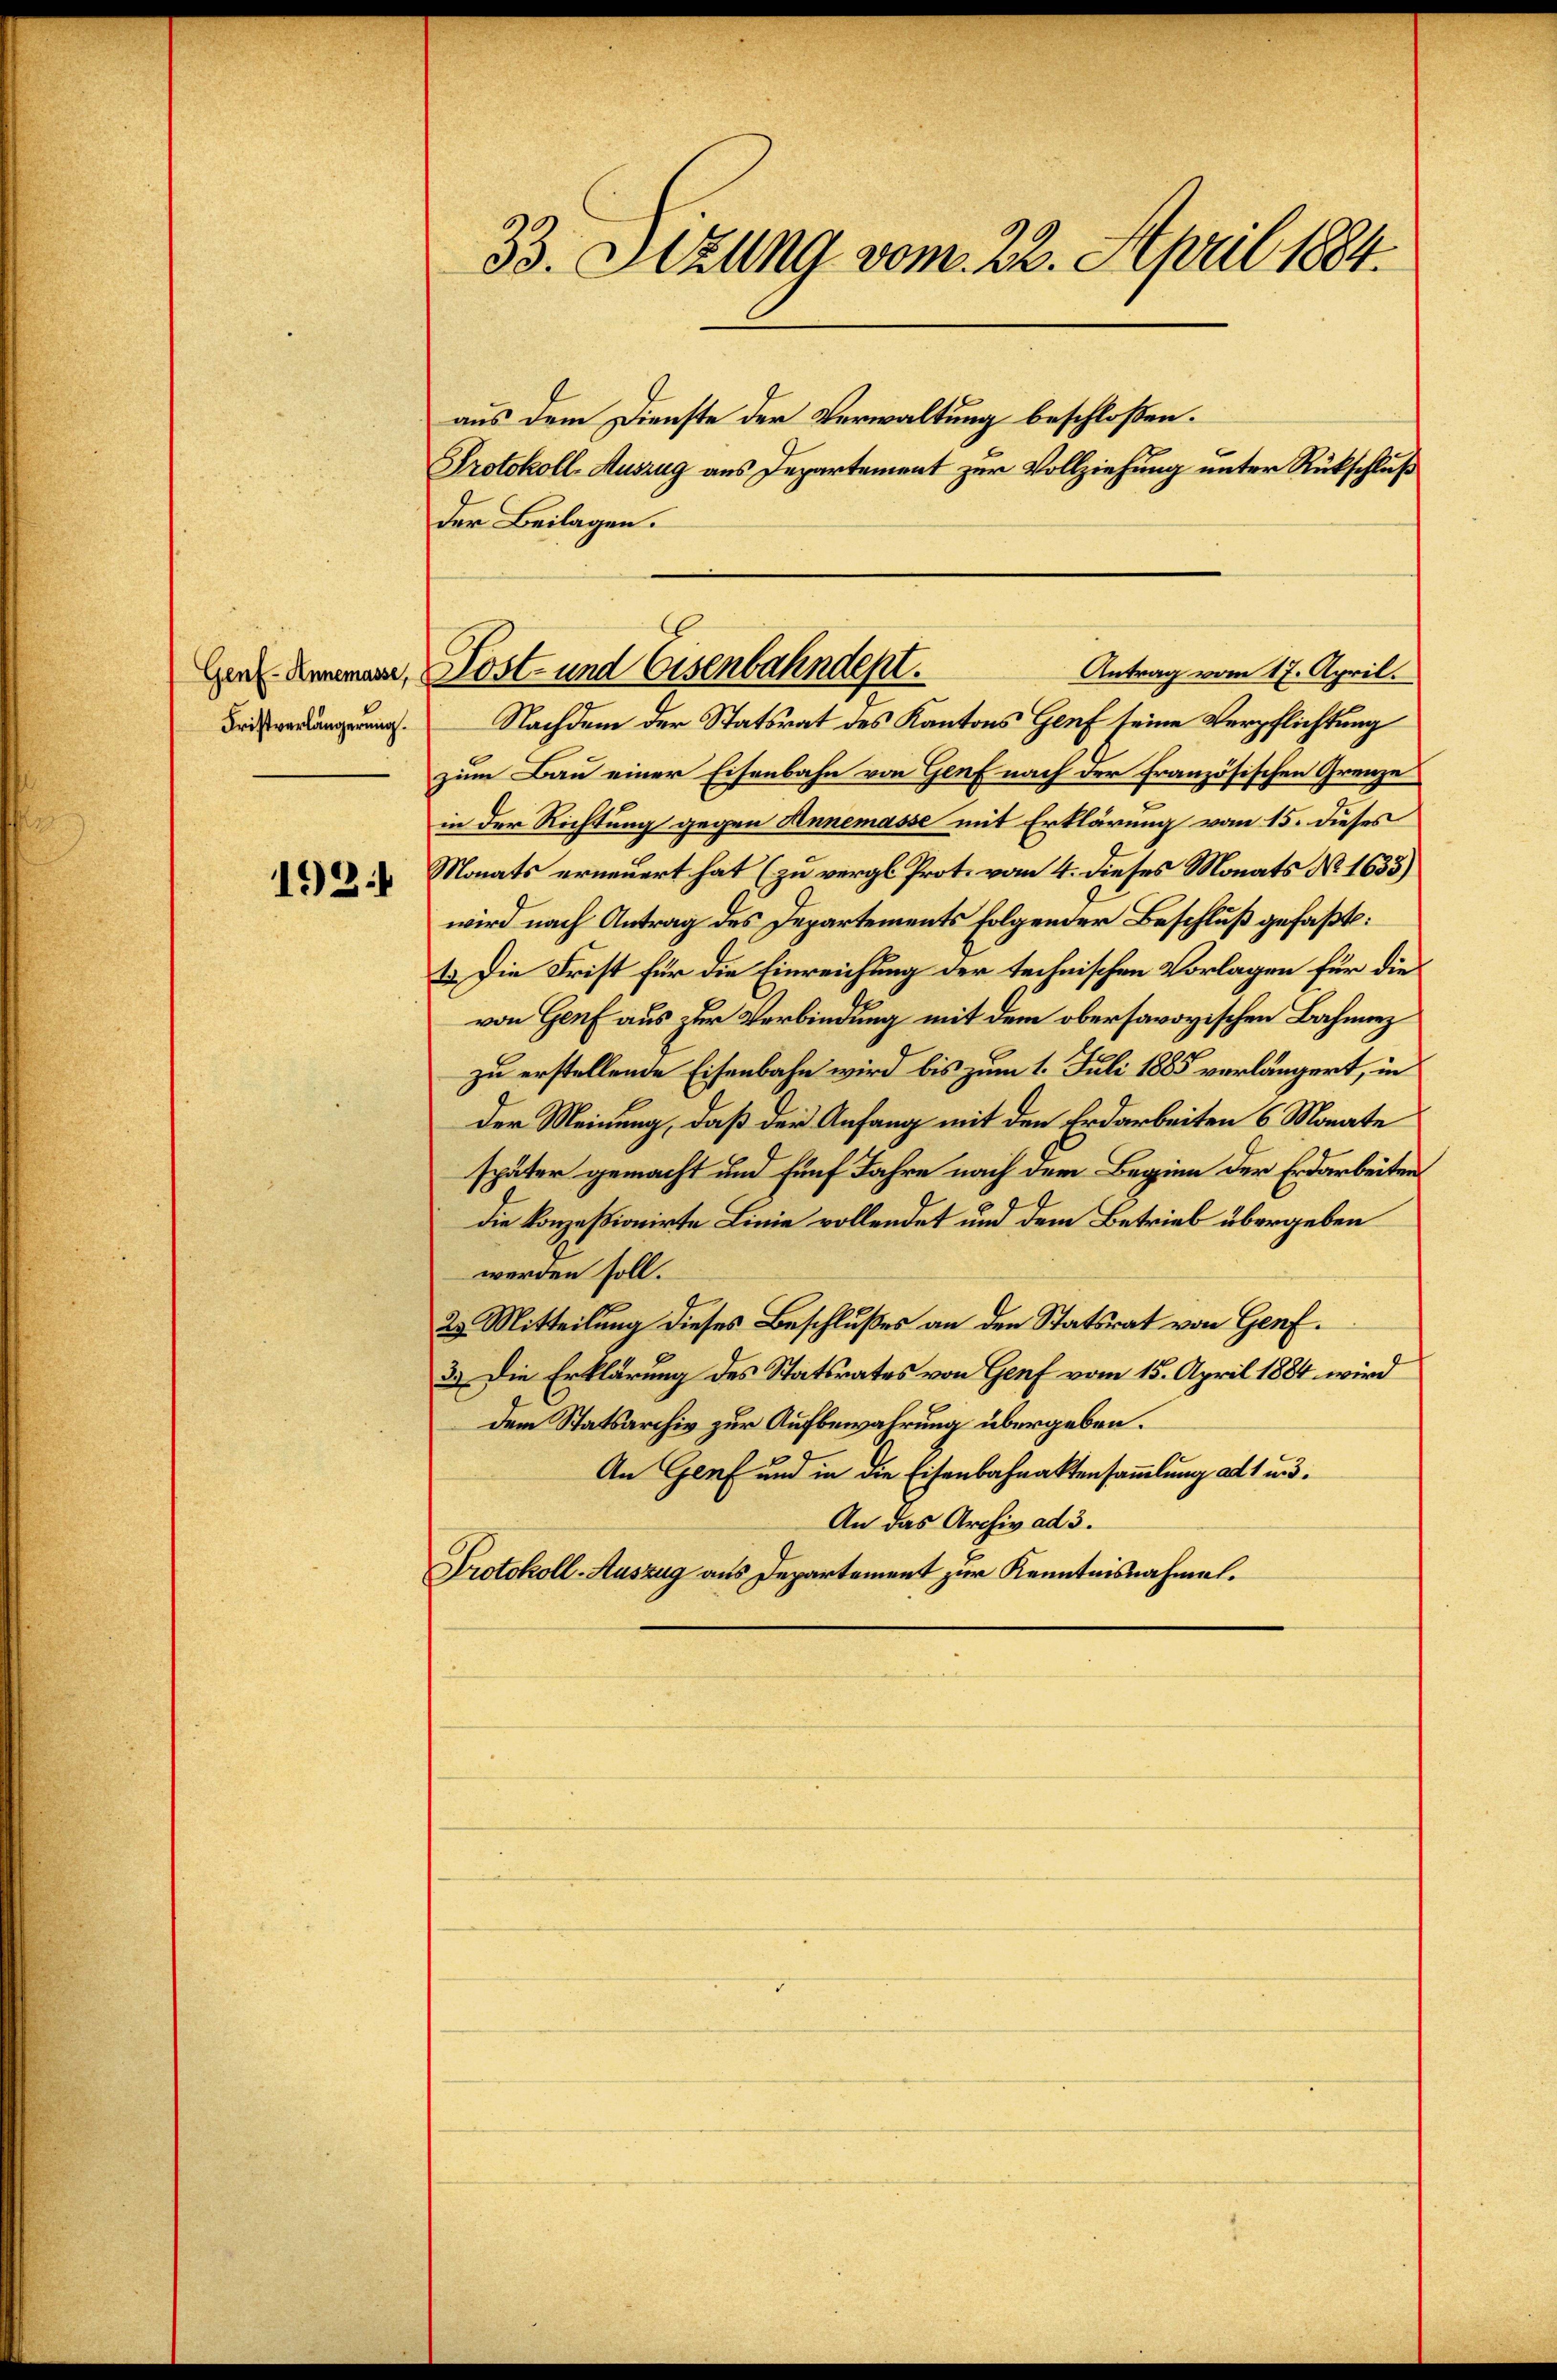
Fristverlängerung.

192

33. Sizung vom 22. April 1884.
aus dem Dienste der Verwaltung beschloßen:
Protokoll-Auszug aus Departement zur Vollziehung unter Rückschluß
der Beilagen.

Nachdem der Statsrat des Kantons Genf seine Verpflichtung
zim Bau einer Eisenbahn von Genf nach der Französischen Grenze
in der Richtung gegen Annemasse mit Erklärung vom 15. dieses
Monats erneuert hat (zu vergl. Prot. vom 4. dieses Monats No. 1633)
wird nach Antrag des Departements folgender Beschluß gefaßt:
1. Die Frist für die Einreichung der technischen Vorlagen für die
von Genf aus zur Verbindung mit dem obersavoyischen Bahnnez
zu erstellende Eisenbahn wird bis zum 1. Juli 1885 verlängert, in
der Meinung, daß der Anfang mit den Erdarbeiten 6 Monate
später gemacht und fünf Jahre nach dem Beginn der Erdarbeiten
die konzessionirte Linie vollendet und dem Betrieb übergeben
werden soll.
23. Mitteilung dieses Beschlußes an den Statsrat von Genf.
3. Die Erklärung des Statsrates von Genf vom 15. April 1884 wird
dem Statsarchiv zur Aufbewahrung übergeben.
An Genf und in die Eisenbahnaktensammlung als und
An das Archiv ad 3.
Protokoll-Auszug aus Departement zur Kenntnisnahmel.

Antrag vom 17. April.
Gendammann, Kost- und Eisenbahndept.